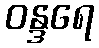
ဝန္ဒရေ